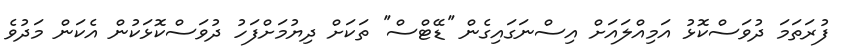
ފުރަތަމަ ދުވަސްކޮޅު އަމިއްލައަށް އިސްނަގައިގެން ''ޑޭޓްސް'' ތަކަށް ދިޔުމަށްފަހު ދުވަސްކޮޅަކުން އެކަން މަދުވެ